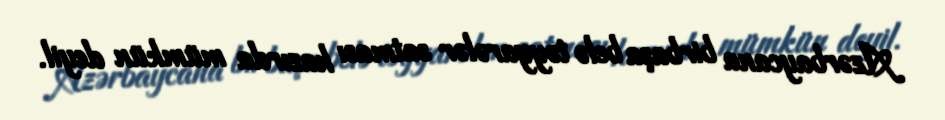
Azərbaycana birbaşa belə təyyarələr satması hazırda mümkün deyil.